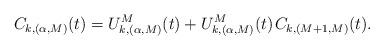
LaTeX: \begin{align*}C_{k,(\alpha,M)}(t) = U^M_{k,(\alpha,M)}(t) + U^M_{k,(\alpha,M)}(t) \kern+1pt C_{k,(M+1,M)}(t).\end{align*}